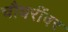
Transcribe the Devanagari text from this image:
चौधरींवर